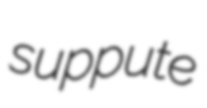
suppute